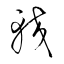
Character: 較